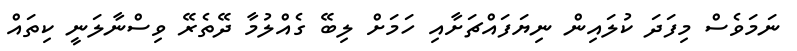
ނަމަވެސް މިފަދަ ކުލައިން ނިޔަފައްޗަށާއި ހަމަށް ލިބޭ ގެއްލުމާ ދޭތެރޭ ވިސްނާލަނީ ކިތައް